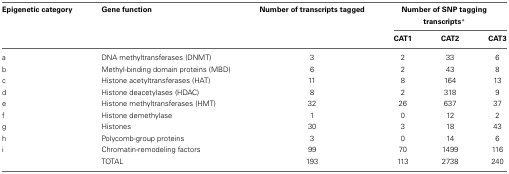
<table><thead><tr><td><b>Epigenetic category</b></td><td><b>Gene function</b></td><td><b>Number of transcripts tagged</b></td><td colspan="3"><b>Number of SNP tagging transcripts<sup>*</sup></b></td></tr><tr><td></td><td></td><td></td><td><b>CAT1</b></td><td><b>CAT2</b></td><td><b>CAT3</b></td></tr></thead><tbody><tr><td>a</td><td>DNA methyltransferases (DNMT)</td><td>3</td><td>2</td><td>33</td><td>6</td></tr><tr><td>b</td><td>Methyl-binding domain proteins (MBD)</td><td>6</td><td>2</td><td>43</td><td>8</td></tr><tr><td>c</td><td>Histone acetyltransferases (HAT)</td><td>11</td><td>8</td><td>164</td><td>13</td></tr><tr><td>d</td><td>Histone deacetylases (HDAC)</td><td>8</td><td>2</td><td>318</td><td>9</td></tr><tr><td>e</td><td>Histone methyltransferases (HMT)</td><td>32</td><td>26</td><td>637</td><td>37</td></tr><tr><td>f</td><td>Histone demethylase</td><td>1</td><td>0</td><td>12</td><td>2</td></tr><tr><td>g</td><td>Histones</td><td>30</td><td>3</td><td>18</td><td>43</td></tr><tr><td>h</td><td>Polycomb-group proteins</td><td>3</td><td>0</td><td>14</td><td>6</td></tr><tr><td>i</td><td>Chromatin-remodeling factors</td><td>99</td><td>70</td><td>1499</td><td>116</td></tr><tr><td></td><td>TOTAL</td><td>193</td><td>113</td><td>2738</td><td>240</td></tr></tbody></table>